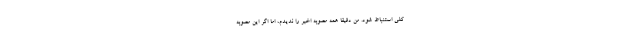
کلی استنباط شود. من دقیقاً همه مصوبه اخیر را ندیدم، اما اگر این مصوبه